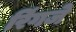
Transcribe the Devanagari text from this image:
रिंगजे